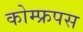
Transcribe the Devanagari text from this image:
कोम्‍फ्रपस